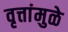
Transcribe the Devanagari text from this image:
वृत्तांमुळे